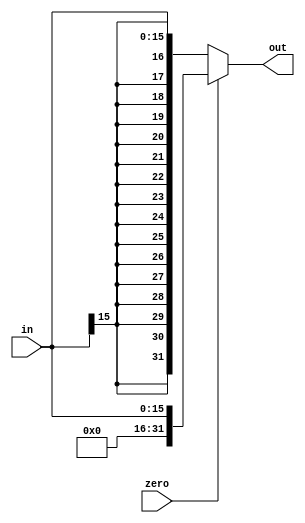
`timescale 1ns/1ps

`default_nettype none

module extender(in, zero, out);

	input wire[15:0] in;
	input wire zero;
	output wire[31:0] out;

	assign out = zero ? {16'b0, in} : { {16{in[15]}}, in};
endmodule

`default_nettype wire